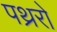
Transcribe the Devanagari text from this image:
पथ्ररो